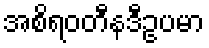
အစိရဝတီနဒီဥပမာ